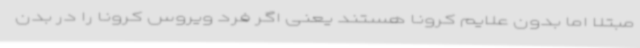
مبتلا اما بدون علایم کرونا هستند یعنی اگر فرد ویروس کرونا را در بدن